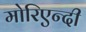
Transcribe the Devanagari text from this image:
मोरिएन्दी